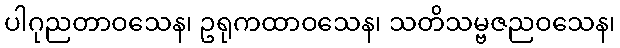
ပါဂုညတာဝသေန၊ ဥရုကထာဝသေန၊ သတိသမ္ဗဇညဝသေန၊